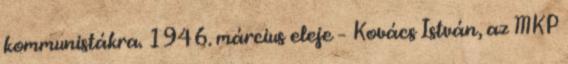
kommunistákra. 1946. március eleje – Kovács István, az MKP